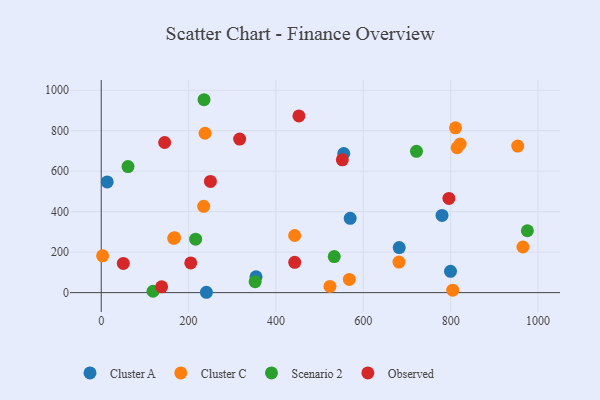
{"axis": {"x": "Price", "y": "Fuel Efficiency"}, "legend": ["Cluster A", "Cluster C", "Observed", "Scenario 2"], "data": [{"x": "570.0", "y": 367.3, "type": "Cluster A"}, {"x": "555.3", "y": 687.3, "type": "Cluster A"}, {"x": "799.7", "y": 105.2, "type": "Cluster A"}, {"x": "240.8", "y": 1.8, "type": "Cluster A"}, {"x": "13.7", "y": 546.8, "type": "Cluster A"}, {"x": "780.3", "y": 381.5, "type": "Cluster A"}, {"x": "354.4", "y": 78.6, "type": "Cluster A"}, {"x": "682.3", "y": 222.7, "type": "Cluster A"}, {"x": "234.6", "y": 426.4, "type": "Cluster C"}, {"x": "804.8", "y": 12.3, "type": "Cluster C"}, {"x": "681.7", "y": 151.2, "type": "Cluster C"}, {"x": "166.0", "y": 268.4, "type": "Cluster C"}, {"x": "821.7", "y": 734.4, "type": "Cluster C"}, {"x": "953.6", "y": 724.0, "type": "Cluster C"}, {"x": "237.7", "y": 787.4, "type": "Cluster C"}, {"x": "965.6", "y": 225.4, "type": "Cluster C"}, {"x": "568.1", "y": 65.3, "type": "Cluster C"}, {"x": "814.9", "y": 715.8, "type": "Cluster C"}, {"x": "442.9", "y": 282.2, "type": "Cluster C"}, {"x": "3.2", "y": 181.8, "type": "Cluster C"}, {"x": "167.9", "y": 271.5, "type": "Cluster C"}, {"x": "811.2", "y": 814.3, "type": "Cluster C"}, {"x": "523.7", "y": 30.9, "type": "Cluster C"}, {"x": "975.7", "y": 305.8, "type": "Scenario 2"}, {"x": "216.1", "y": 264.0, "type": "Scenario 2"}, {"x": "352.4", "y": 54.2, "type": "Scenario 2"}, {"x": "61.3", "y": 622.9, "type": "Scenario 2"}, {"x": "721.8", "y": 697.9, "type": "Scenario 2"}, {"x": "533.5", "y": 178.1, "type": "Scenario 2"}, {"x": "235.4", "y": 953.0, "type": "Scenario 2"}, {"x": "118.6", "y": 6.9, "type": "Scenario 2"}, {"x": "205.0", "y": 146.8, "type": "Observed"}, {"x": "796.0", "y": 465.6, "type": "Observed"}, {"x": "145.2", "y": 741.7, "type": "Observed"}, {"x": "552.0", "y": 656.0, "type": "Observed"}, {"x": "316.9", "y": 758.5, "type": "Observed"}, {"x": "138.3", "y": 28.7, "type": "Observed"}, {"x": "443.0", "y": 149.7, "type": "Observed"}, {"x": "452.6", "y": 872.8, "type": "Observed"}, {"x": "50.6", "y": 144.1, "type": "Observed"}, {"x": "250.0", "y": 549.3, "type": "Observed"}]}